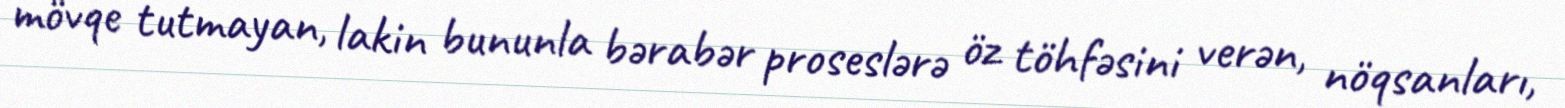
mövqe tutmayan, lakin bununla bərabər proseslərə öz töhfəsini verən, nöqsanları,